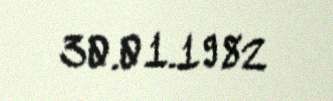
30.01.1982